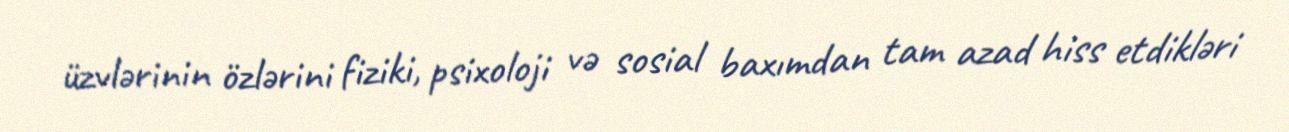
üzvlərinin özlərini fiziki, psixoloji və sosial baxımdan tam azad hiss etdikləri